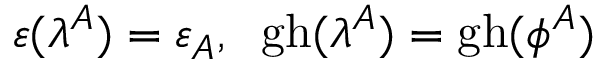
\varepsilon ( \lambda ^ { A } ) = \varepsilon _ { A } , \; \; \mathrm { g h } ( \lambda ^ { A } ) = \mathrm { g h } ( \phi ^ { A } )